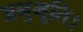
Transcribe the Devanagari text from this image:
अनुभूति।